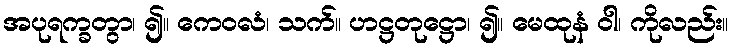
အပုရက္ခတွာ၊ ၍။ ကေဝလံ၊ သက်။ ဟဋ္ဌတုဋ္ဌော၊ ၍။ မေထုနံ ဝါ၊ ကိုလည်း။